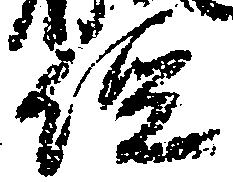
経